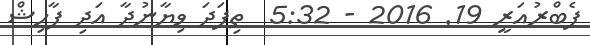
ފެބްރުއަރީ 19